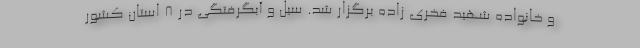
و خانواده شهید فخری زاده برگزار شد. سیل و آبگرفتگی در ۸ استان کشور